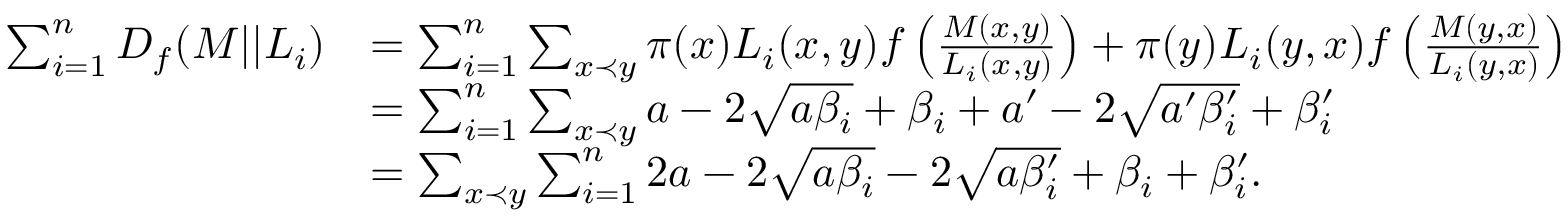
\begin{array} { r l } { \sum _ { i = 1 } ^ { n } D _ { f } ( M | | L _ { i } ) } & { = \sum _ { i = 1 } ^ { n } \sum _ { x \prec y } \pi ( x ) L _ { i } ( x , y ) f \left( \frac { M ( x , y ) } { L _ { i } ( x , y ) } \right) + \pi ( y ) L _ { i } ( y , x ) f \left( \frac { M ( y , x ) } { L _ { i } ( y , x ) } \right) } \\ & { = \sum _ { i = 1 } ^ { n } \sum _ { x \prec y } a - 2 \sqrt { a \beta _ { i } } + \beta _ { i } + a ^ { \prime } - 2 \sqrt { a ^ { \prime } \beta _ { i } ^ { \prime } } + \beta _ { i } ^ { \prime } } \\ & { = \sum _ { x \prec y } \sum _ { i = 1 } ^ { n } 2 a - 2 \sqrt { a \beta _ { i } } - 2 \sqrt { a \beta _ { i } ^ { \prime } } + \beta _ { i } + \beta _ { i } ^ { \prime } . } \end{array}